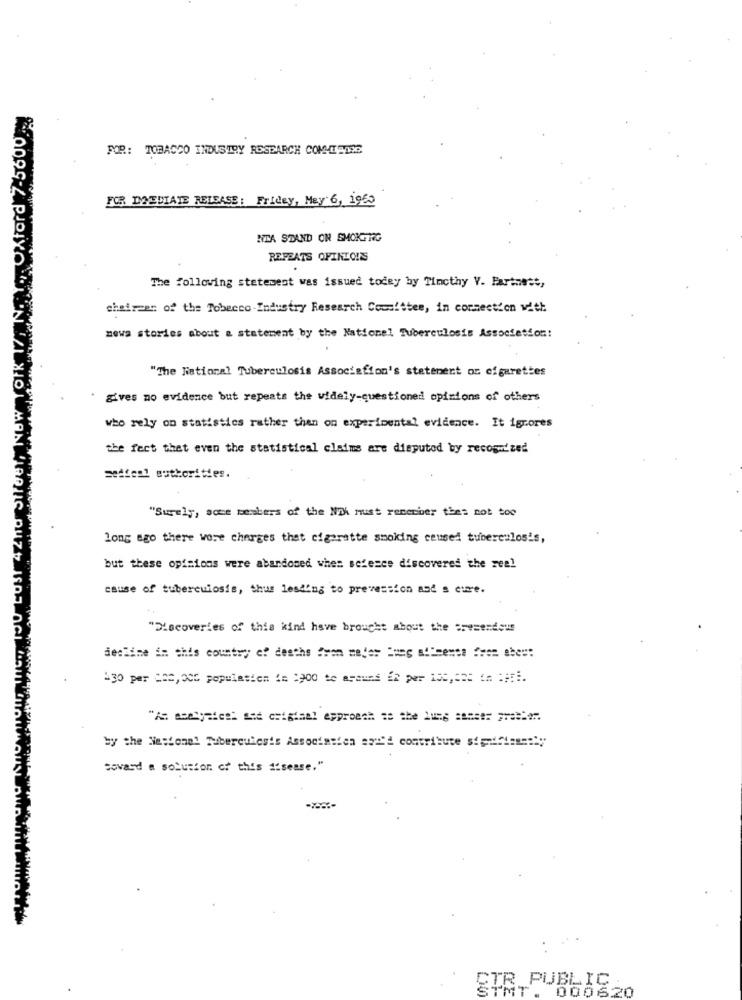
FOR: TOBACCO INDUSTRY RESEARCH COMTEDE
FOR DYEDIATE RELEASE: Friday, May 6, 1950
NTA STAND ON SMOKING
REPEATS OPINIONS
The following statement was issued tocey by Tincthy Y. Partnett,
chairzen of the Tobecco-Industry Research Committee, in connection with
news stories about a statement by the National Tuberculosis Association:
"The National Tuberculosis Associafion's statement on cigarettes
* gives no evidence but repeats the widely-questioned opinions of others
who rely on statistics rather than on experimental evidence. It ignores
the fect thet even the statistical claims are disputed by recognized
medical authorities.
"Surely, some members of the Whi must remember thes not too
long ago there wore charges that cigarette smoking ceused tuberculosis,
but these opinions were abandoned when sefezce discovered the real
cause of tuberculosis, thus lesding to prevession and s cure.
"Discoveries of this kind have brought about the presentous
decline in this country of deaths from mader Sung alicence from abes:
"A= sselyates: set original approach se the 1 == ====== ======.
by the Niesione! Tuberculosis Associatien api'd contribute significantly
toward a solution of this disease."
CTR PUBLIC
000620
TMT .